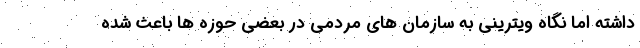
داشته اما نگاه ویترینی به سازمان های مردمی در بعضی حوزه ها باعث شده